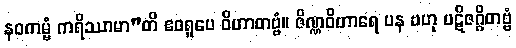
နဝကမ္မံ ကရိဿာမာ”တိ ဧဝရူပေ ဝိဟာတဗ္ဗံ။ ဇိဏ္ဏဝိဟာရေ ပန ဗဟု ပဋိဇဂ္ဂိတဗ္ဗံ